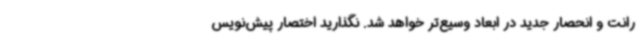
رانت و انحصار جدید در ابعاد وسیع‌تر خواهد شد. نگذارید اختصار پیش‌نویس